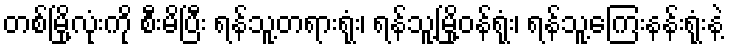
တစ်မြို့လုံးကို စီးမိပြီး ရန်သူ့တရားရုံး၊ ရန်သူ့မြို့ဝန်ရုံး၊ ရန်သူ့ကြေးနန်းရုံးနဲ့